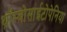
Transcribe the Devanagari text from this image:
थ्रॉम्बोसाईटोपेनिया